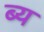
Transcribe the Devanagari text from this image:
ब्य